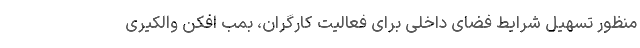
منظور تسهیل شرایط فضای داخلی برای فعالیت کارگران، بمب افکن والکیری